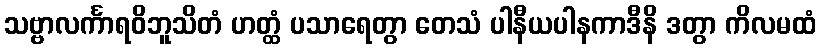
သဗ္ဗာလင်္ကာရဝိဘူသိတံ ဟတ္ထံ ပသာရေတွာ တေသံ ပါနီယပါနကာဒီနိ ဒတွာ ကိလမထံ